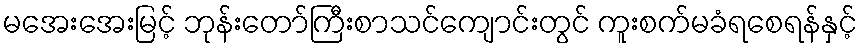
မအေးအေးမြင့် ဘုန်းတော်ကြီးစာသင်ကျောင်းတွင် ကူးစက်မခံရစေရန်နှင့်